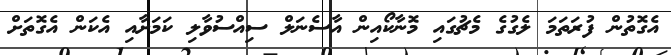
އެގޮތުން ފުރަތަމަ ލެގުގެ މެޗުގައި މޮނާކޯއިން އާސެނަލް ސިއްސުވާލި ކަމަށާއި އެކަން އެގޮތަށް